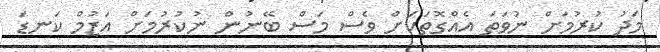
މަދު ކުރުމަށް ނުވަތަ އެއްގޮތަކަށް ވެސް މަސް ބޭނުން ނުކުރުމަށް އަޒުމް ކަނޑަ